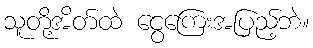
သူတို့အိတ်ထဲ ငွေကြေးအပြည့်ဘဲ။